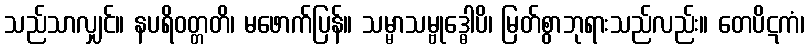
သည်သာလျှင်။ နပရိဝတ္တတိ၊ မဖောက်ပြန်။ သမ္မာသမ္ဗုဒ္ဓေါပိ၊ မြတ်စွာဘုရားသည်လည်း။ တေပိဋကံ၊